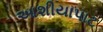
આશીયાપાટ